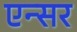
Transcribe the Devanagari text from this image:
एन्सर